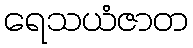
ရေသယံဇာတ